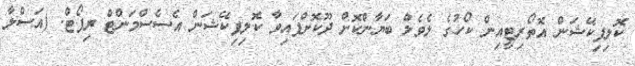
ކޮލިފިކޭޝަން އޮތޯރިޓީއިން ކޯހުގެ ލެވެލް ބަޔާންކޮށް ދޫކޮށްފައިވާ ކޮލިފިކޭޝަން އެސެސްމަންޓް ރިޕޯޓް. (އަސްލާ